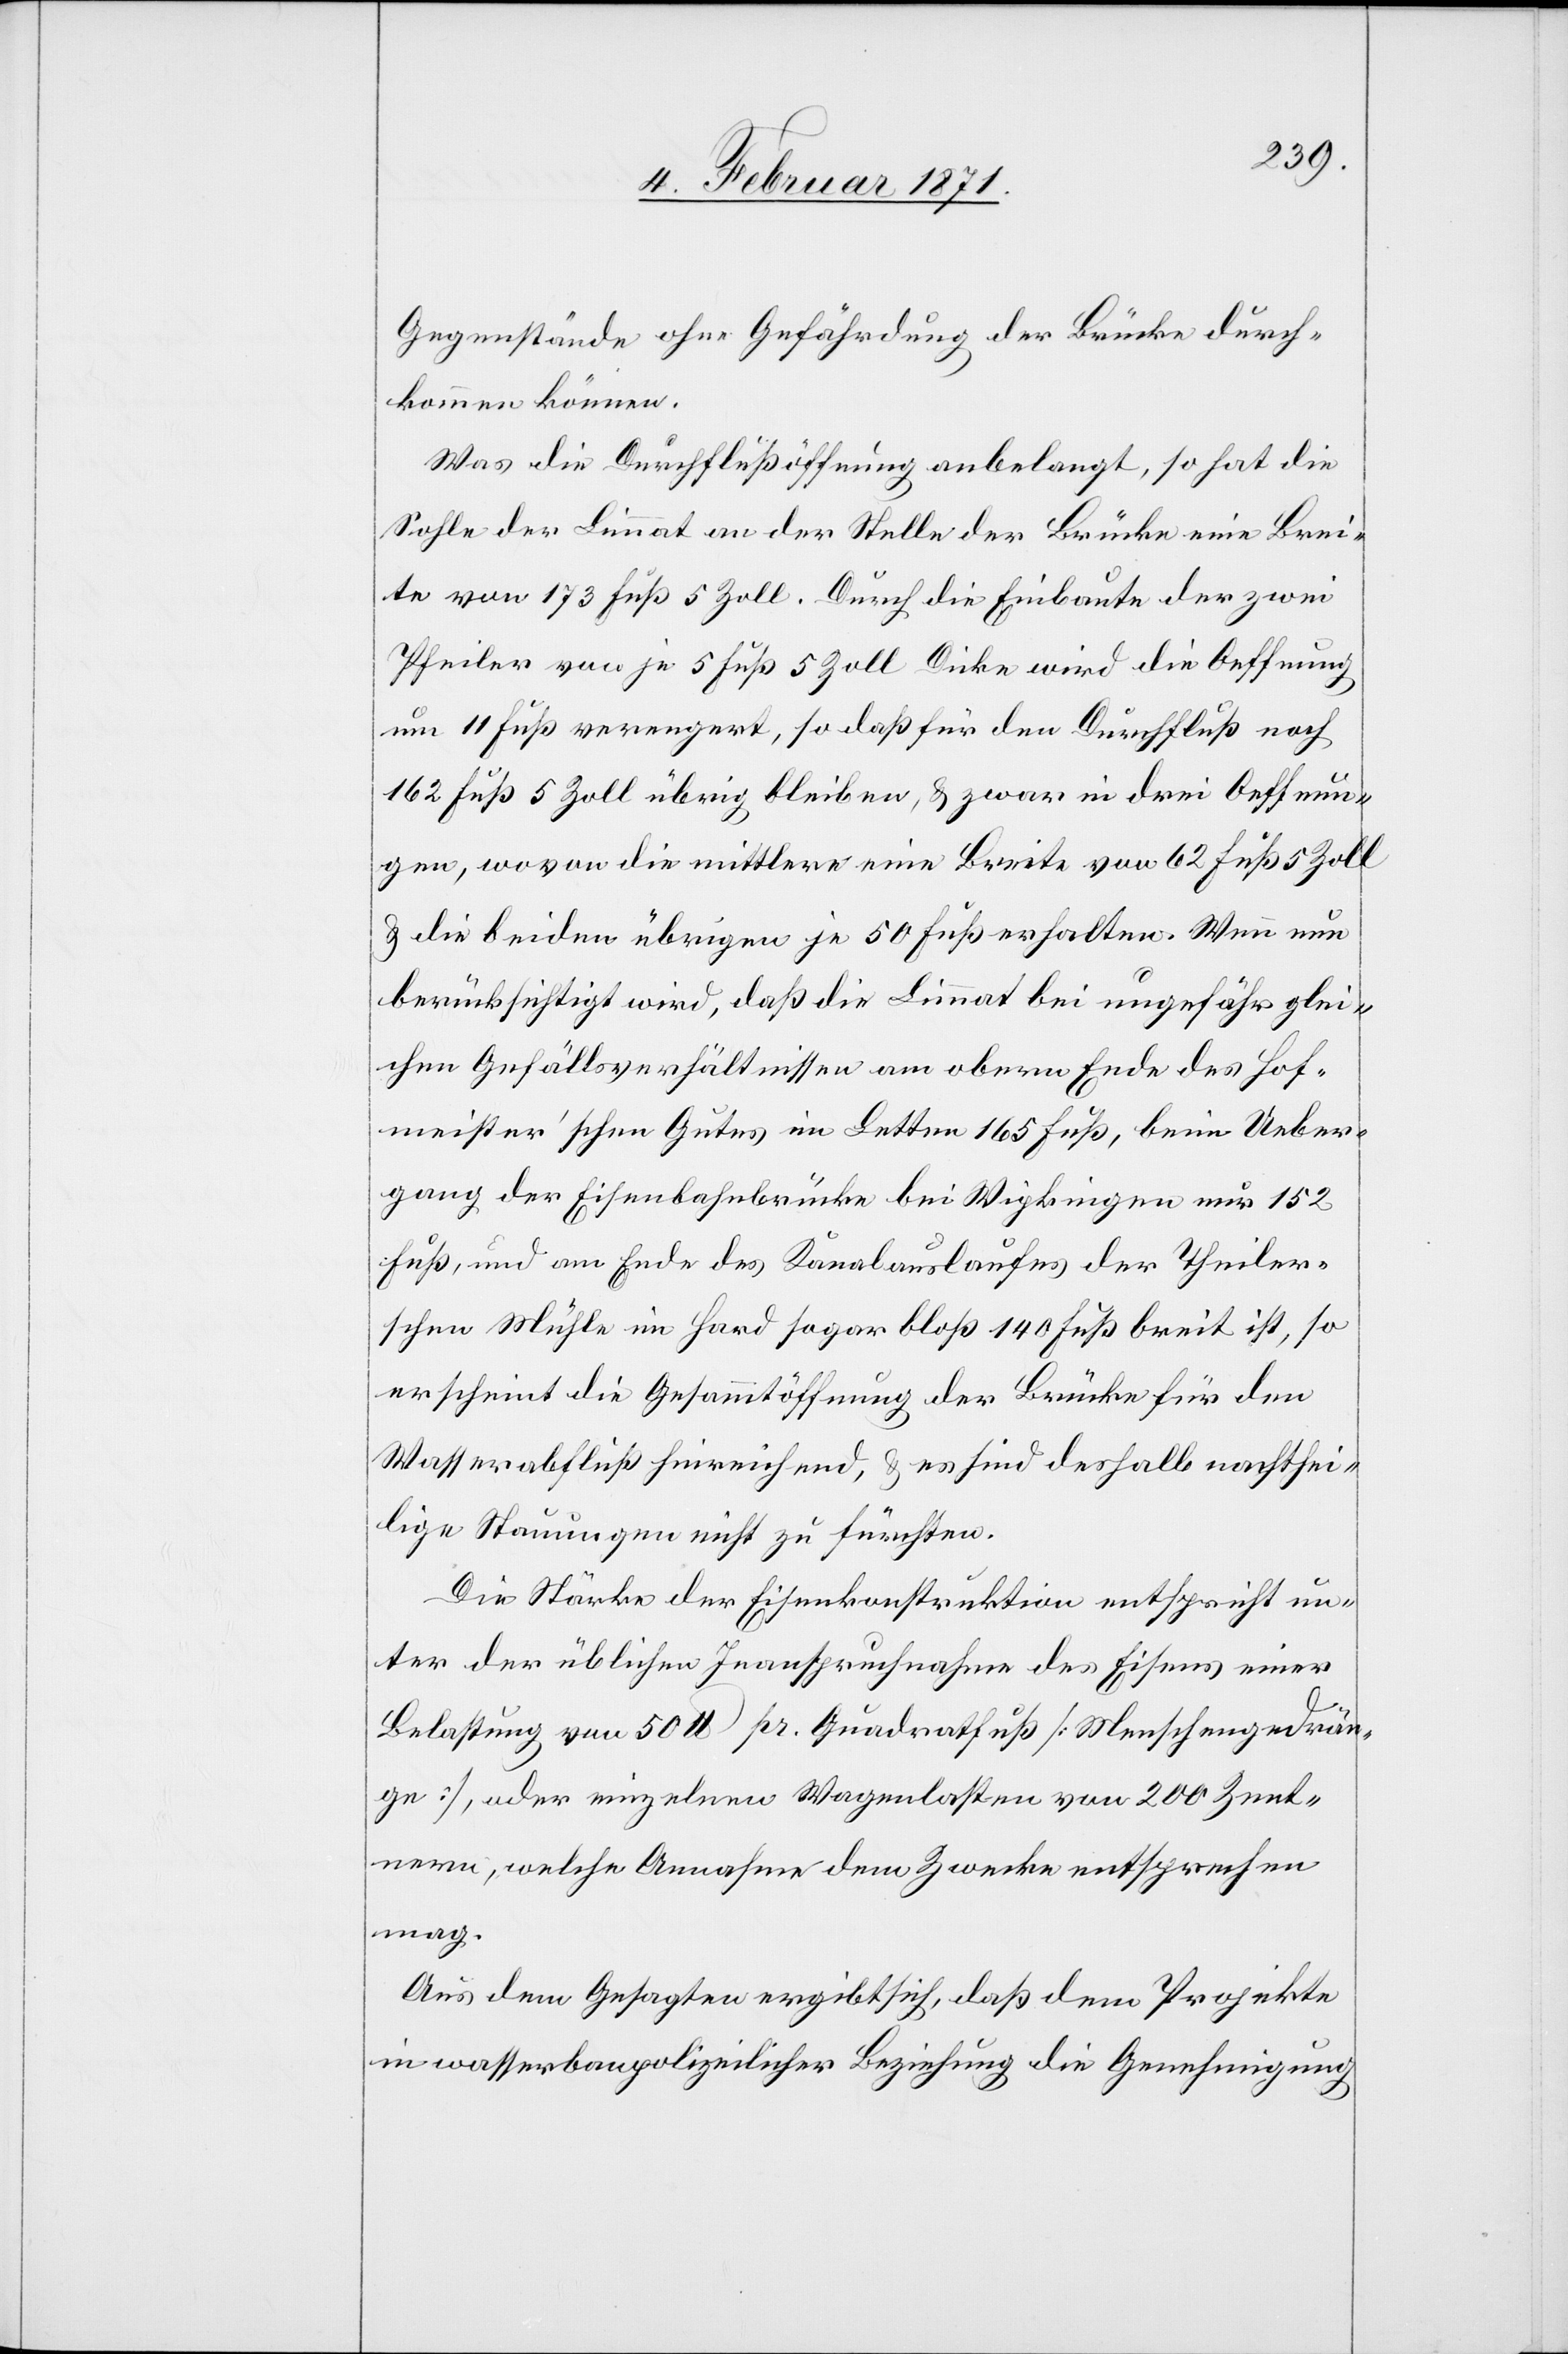
Gegenstände ohne Gefährdung der Brücke durch¬
kommen können.
Was die Durchflußöffnung anbelangt, so hat die
Sohle der Limmat an der Stelle der Brücke eine Brei¬
te von 173 Fuß 5 Zoll. Durch die Einbaute der zwei
Pfeiler von je 5 Fuß 5 Zoll Dicke wird die Oeffnung
um 11 Fuß verengert, so daß für den Durchfluß noch
162 Fuß 5 Zoll übrig bleiben, u. zwar in drei Oeffnun¬
gen, wovon die mittlere eine Breite von 62 Fuß 5 Zoll
u. die beiden übrigen je 50 Fuß erhalten. Wenn nun
berücksichtigt wird, daß die Limmat bei ungefähr glei¬
chen Gefällsverhältnissen am obern Ende des Hof¬
meister’schen Gutes im Letten 165 Fuß, beim Ueber¬
gang der Eisenbahnbrücke bei Wipkingen nur 152
Fuß, und am Ende des Kanalauslaufes der Theiler¬
schen Mühle im Hard sogar bloß 140 Fuß breit ist, so
erscheint die Gesammtöffnung der Brücke für den
Wasserabfluß hinreichend, u. es sind deshalb nachthei¬
lige Stauungen nicht zu fürchten.
Die Stärke der Eisenkonstruktion entspricht un¬
ter der üblichen Inanspruchnahme des Eisens einer
Belastung von 50 lb. pr. Quadratfuß [Menschengedrän¬
ge], oder einzelnen Wagenlasten von 200 Zent¬
nern, welche Annahme dem Zwecke entsprechen
mag.
Aus dem Gesagten ergibt sich, daß dem Projekte
in wasserbaupolizeilicher Beziehung die Genehmigung